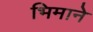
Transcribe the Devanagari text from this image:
भिमानेे